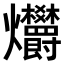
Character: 𤓭